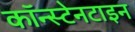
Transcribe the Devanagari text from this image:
कॉन्स्टेनटाइन